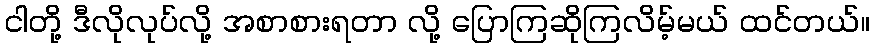
ငါတို့ ဒီလိုလုပ်လို့ အစာစားရတာ လို့ ပြောကြဆိုကြလိမ့်မယ် ထင်တယ်။